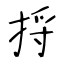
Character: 捋